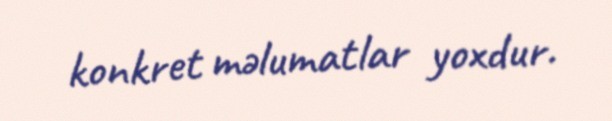
konkret məlumatlar yoxdur.